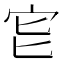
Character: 𡧏